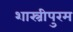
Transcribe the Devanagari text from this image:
शास्त्रीपुरम